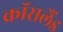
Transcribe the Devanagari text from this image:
क्रॉसलैंड